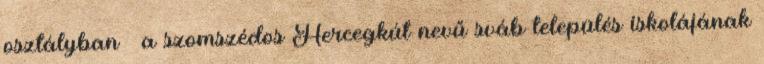
osztályban – a szomszédos Hercegkút nevű sváb település iskolájának